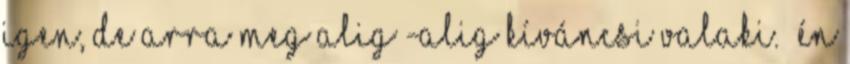
igen, de arra meg alig -alig kíváncsi valaki. én